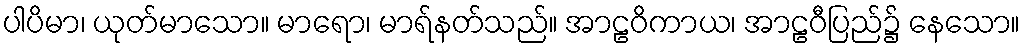
ပါပိမာ၊ ယုတ်မာသော။ မာရော၊ မာရ်နတ်သည်။ အာဠဝိကာယ၊ အာဠဝီပြည်၌ နေသော။